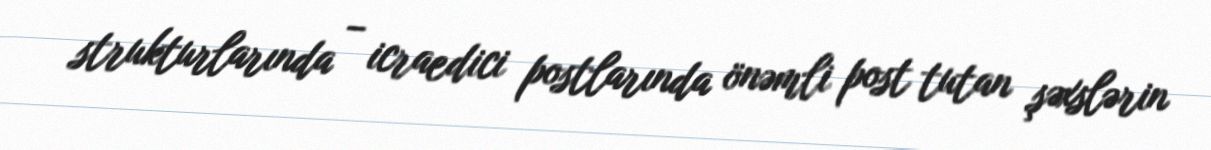
strukturlarında – icraedici postlarında önəmli post tutan şəxslərin